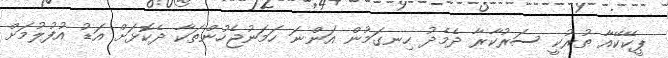
ޕީކޭކޭއާ ތުރުކީ ސަރުކާރާ ދެމެދު ހިނގަމުން އަންނަ ހަމަނުޖެހުންތަކާ ދެކޮޅަށް އަޑު އުފުލުމަށް